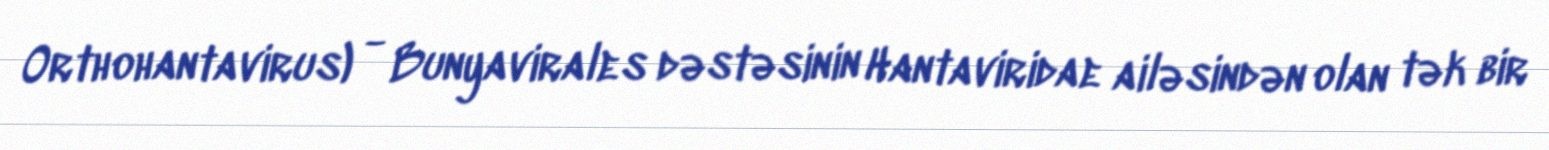
Orthohantavirus) - Bunyavirales dəstəsinin Hantaviridae ailəsindən olan tək bir